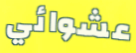
عشوائي